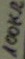
Text: 100KΩ